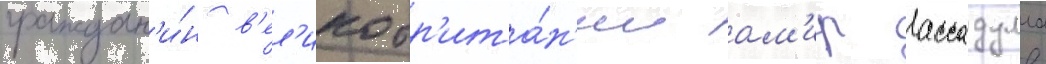
граждан'и́н в'ел'икобр'ита́н'ии ам'ир ассадулла